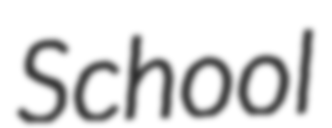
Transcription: School